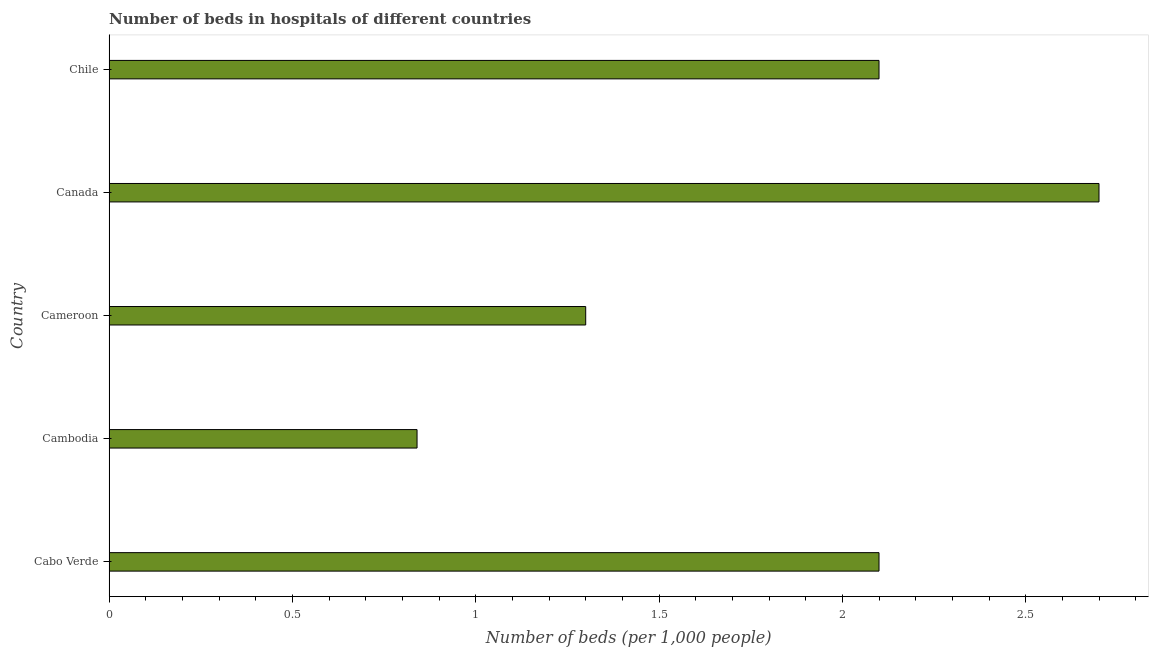
| Country | Hospital beds |
 | --- | --- |
 | Cabo Verde | 2.1 |
 | Cambodia | 0.84 |
 | Cameroon | 1.3 |
 | Canada | 2.7 |
 | Chile | 2.1 |